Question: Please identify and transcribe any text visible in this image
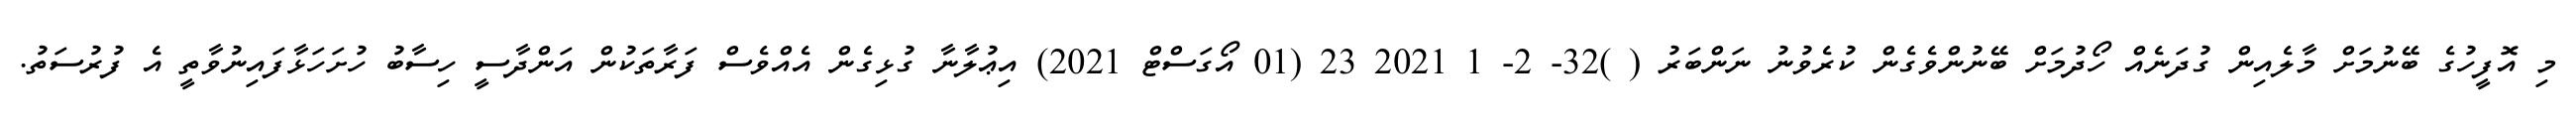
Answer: މި އޮފީހުގެ ބޭނުމަށް މާލެއިން ގުދަނެއް ހޯދުމަށް ބޭނުންވެގެން ކުރެވުނު ނަންބަރު ( )32- 2- 1 2021 23 (01 އޯގަސްޓް 2021) އިޢުލާނާ ގުޅިގެން އެއްވެސް ފަރާތަކުން އަންދާސީ ހިސާބު ހުށަހަޅާފައިނުވާތީ އެ ފުރުސަތު.